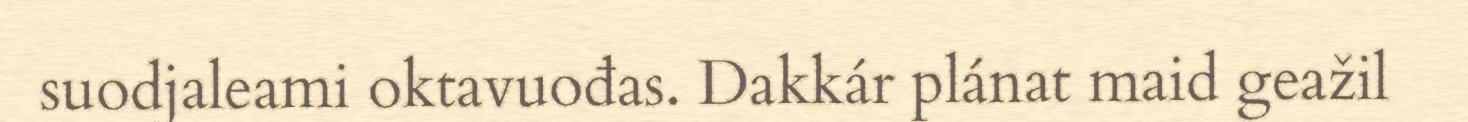
suodjaleami oktavuođas. Dakkár plánat maid geažil